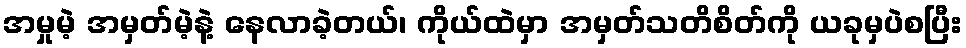
အမှုမဲ့ အမှတ်မဲ့နဲ့ နေလာခဲ့တယ်၊ ကိုယ်ထဲမှာ အမှတ်သတိစိတ်ကို ယခုမှပဲစပြီး